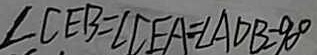
\angle C E B = \angle C E A = \angle A D B = 9 0 ^ { \circ }